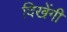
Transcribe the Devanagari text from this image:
दिखेंगी